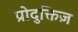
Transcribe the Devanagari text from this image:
प्रोदुक्तिज़